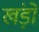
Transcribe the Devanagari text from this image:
खंड़ो